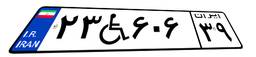
۲۳W۶۰۶۳۹